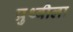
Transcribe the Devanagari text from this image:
प्रुथ्वीला